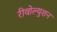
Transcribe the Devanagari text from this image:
रीवोल्युशन